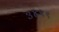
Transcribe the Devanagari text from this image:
३४९९